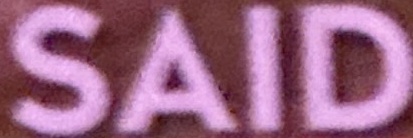
SAID